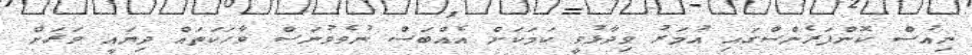
ނިއުސް ކޮންފަރެންސްގައި އުމަރު ވިދާޅުވީ ކަމަކަށް އެއްބަސް ނުވެވުނަސް ވާހަކަތައް ދިޔައީ ވަރަށް